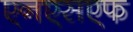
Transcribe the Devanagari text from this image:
एनएसएफ